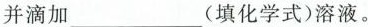
并滴加___(填化学式)溶液。